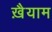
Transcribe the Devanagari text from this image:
ख़ैयाम